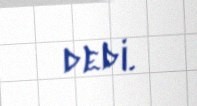
dedi.